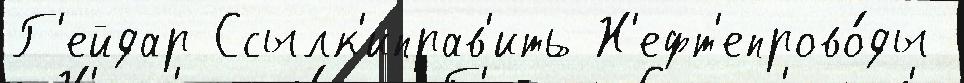
Г'ейдар Ссылк'иправ'ить Н'ефт'епрово́ды